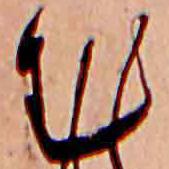
む